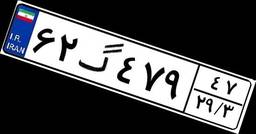
۶۲گ۴۷۹۴۷